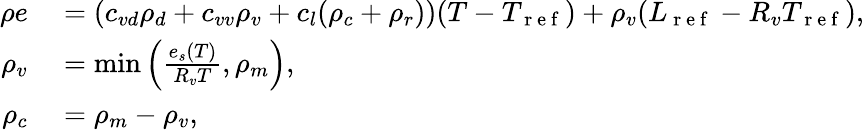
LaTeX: \begin{array}{rl}{\rho e}&{{}=(c_{vd}\rho_{d}+c_{vv}\rho_{v}+c_{l}(\rho_{c}+\rho_{r}))(T-T_{\mathrm{~r~e~f~}})+\rho_{v}(L_{\mathrm{~r~e~f~}}-R_{v}T_{\mathrm{~r~e~f~}}),}\\ {\rho_{v}}&{{}=\operatorname*{min}\left(\frac{e_{s}(T)}{R_{v}T},\rho_{m}\right),}\\ {\rho_{c}}&{{}=\rho_{m}-\rho_{v},}\end{array}